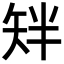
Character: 𬑰